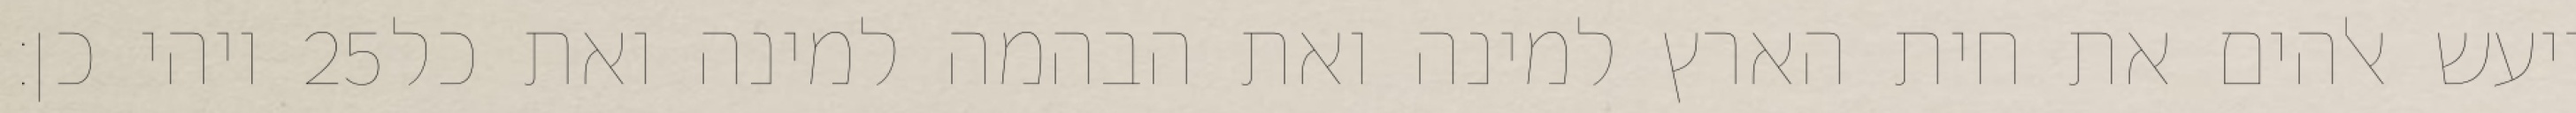
ויהי כן׃ ‎25‏ ויעש אלהים את חית הארץ למינה ואת הבהמה למינה ואת כל